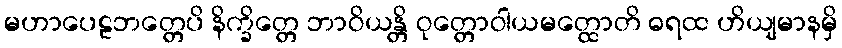
မဟာပေဠဘတ္တေပိ နိက္ခိတ္တေ ဘာဝိယန္တိ ဝုတ္တောဝါယမတ္ထောတိ ဓရထ ဟိယျမာနမှိ